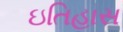
ઇતિહાસ